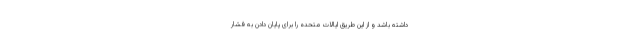
داشته باشد و از این طریق ایالات متحده را برای پایان دادن به فشار